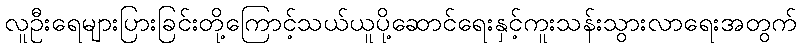
လူဦးရေများပြားခြင်းတို့ကြောင့်သယ်ယူပို့ဆောင်ရေးနှင့်ကူးသန်းသွားလာရေးအတွက်